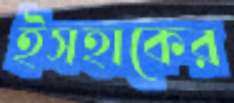
ইসহাকের